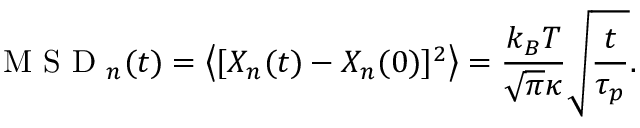
\mathrm { ~ M ~ S ~ D ~ } _ { n } ( t ) = \left< [ X _ { n } ( t ) - X _ { n } ( 0 ) ] ^ { 2 } \right> = \frac { k _ { B } T } { \sqrt { \pi } \kappa } \sqrt { \frac { t } { \tau _ { p } } } .